Sanitation, dispensaries and jails vaccination Rajputana 1922-1927 - 1922-1927
Year: 1922
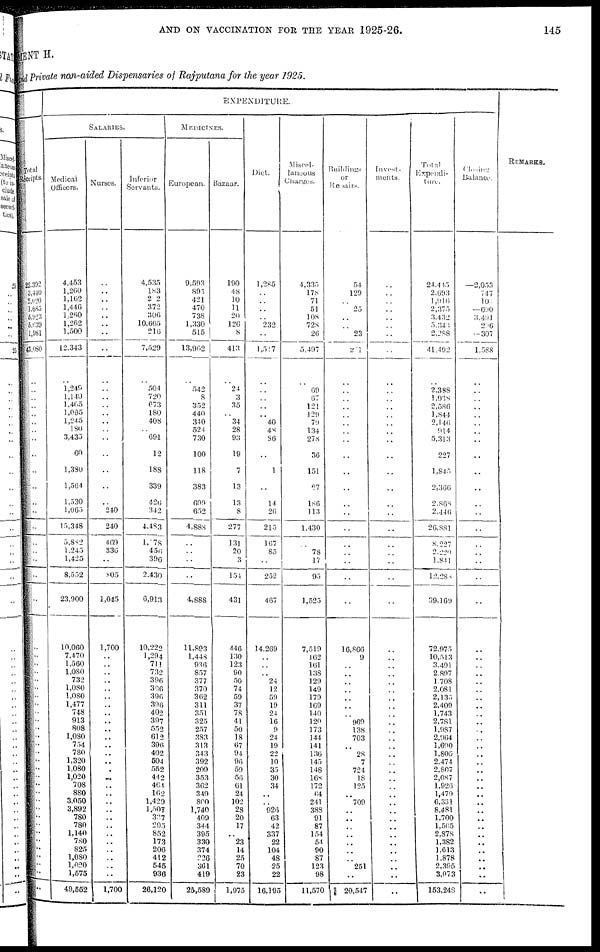
AND ON VACCINATION FOR THE YEAR 1925-26.
145
MENT H.
and Private non-aided, Dispensaries of Rajputana for the year 1925.
Total
Receipts.
22,392
3,440
2,020
1,685
5,923
5,639
1,981
43,080
..
..
..
..
..
..
..
..
..
..
..
..
..
..
..
..
..
..
..
..
..
..
..
..
..
..
..
..
..
..
..
..
..
..
..
..
..
..
..
..
..
..
..
..
..
..
..
..
..
EXPENDITURE.
SALARIES.
Medical
Officers.
4,453
1,260
1,162
1,446
1,260
1,262
1,500
12,343
..
1,249
1,140
1,465
1,095
1,245
180
3,435
60
1,380
1,564
1,530
1,065
15,348
5,882
1,245
1,425
8,552
23,900
10,060
7,470
1,560
1,080
732
1,080
1,080
1,477
748
913
808
1,080
754
780
1,320
1,080
1,020
708
880
3,050
3,892
780
780
1,140
780
825
1,080
1,020
1,575
49,552
Nurses.
..
..
..
..
..
..
..
..
..
..
..
..
..
..
..
..
..
..
..
..
240
240
469
336
..
805
1,045
1,700
..
..
..
..
..
..
..
..
..
..
..
..
..
..
..
..
..
..
..
..
..
..
..
..
..
..
..
..
1,700
Inferior
Servants.
4,535
183
202
372
306
10,665
216
7,529
..
504
720
673
180
408
..
691
12
188
339
426
342
4,483
1,678
456
396
2,430
6,913
10,222
1,294
711
732
396
396
396
396
402
397
552
612
396
402
504
552
442
464
162
1,429
1,507
327
295
852
173
206
412
545
936
26,120
MEDICINES.
European.
9,593
895
421
470
738
1,330
515
13,962
..
542
8
352
440
340
524
730
100
118
383
699
652
4,888
..
..
..
..
4,888
11,893
1,448
936
857
377
370
362
311
351
325
257
383
313
343
392
209
353
362
349
800
1,740
409
344
395
330
374
226
361
419
25,589
Bazaar.
190
48
10
11
20
126
8
413
..
24
3
35
..
34
28
93
19
7
13
13
8
277
131
20
3
154
431
446
130
123
90
50
74
59
37
78
41
50
18
67
94
96
59
56
61
24
102
28
20
17
..
23
14
25
70
23
1,975
Diet.
1,285
..
..
..
..
232
..
1,517
..
..
..
..
..
40
48
86
..
1
..
14
26
215
167
85
..
252
467
14,269
..
..
..
24
12
59
19
24
16
9
24
19
22
10
35
30
34
..
..
926
63
42
337
22
104
48
25
22
16,195
Miscel-
laneous
Charges.
4,335
178
71
51
108
728
26
5,497
..
69
67
121
129
79
134
278
36
151
67
186
113
1,430
..
78
17
95
1,525
7,519
162
161
138
129
149
179
169
140
120
173
144
141
136
145
148
168
172
64
241
388
91
87
154
54
90
87
123
98
11,570
Buildings
or
Repairs.
54
129
..
25
..
..
23
21
..
..
..
..
..
..
..
..
..
..
..
..
..
..
..
..
..
..
..
16,866
9
..
..
..
..
..
..
..
969
138
703
..
28
7
724
18
125
..
709
..
..
..
..
..
..
..
251
..
20,547
Invest-
ments.
..
..
..
..
..
..
..
..
..
..
..
..
..
..
..
..
..
..
..
..
..
..
..
..
..
..
..
..
..
..
..
..
..
..
..
..
..
..
..
..
..
..
..
..
..
..
..
..
..
..
..
..
..
..
..
..
..
Total
Expendi-
ture.
24,445
2,693
1,916
2,375
3,432
5,343
2,288
41,492
..
2,388
1,938
2,586
1,844
2,146
914
5,313
227
1,845
2,366
2,868
2,446
26,881
8,227
2,220
1,841
12,288
39,169
72,975
10,513
3,491
2,897
1,708
2,081
2,135
2,409
1,743
2,781
1,987
2,964
1,690
1,805
2,474
2,807
2,087
1,926
1,479
6,331
8,481
1,700
1,565
2,878
1,382
1,613
1,878
2,395
3,073
153,248
Closing
Balance.
—2,053
747
101
— 690
3,491
236
—307
1,588
..
..
..
..
..
..
..
..
..
..
..
..
..
..
..
..
..
..
..
..
..
..
..
..
..
..
..
..
..
..
..
..
..
..
..
..
..
..
..
..
..
..
..
..
..
..
..
..
..
REMARKS.